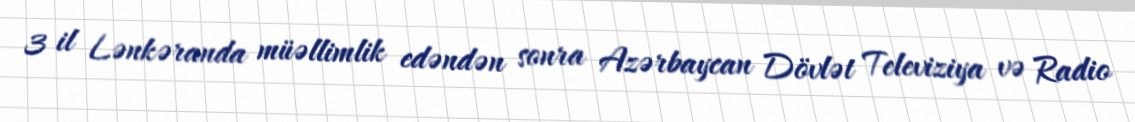
3 il Lənkəranda müəllimlik edəndən sonra Azərbaycan Dövlət Televiziya və Radio